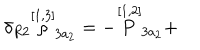
LaTeX: \delta _ { R 2 } \stackrel { [ 1 , 3 ] } { \rho } _ { 3 a _ { 2 } } = - \stackrel { [ 1 , 2 ] } { P } _ { 3 a _ { 2 } } +